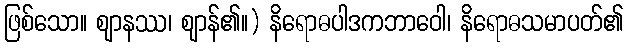
ဖြစ်သော။ ဈာနဿ၊ ဈာန်၏။) နိရောဓပါဒကဘာဝေါ၊ နိရောဓသမာပတ်၏